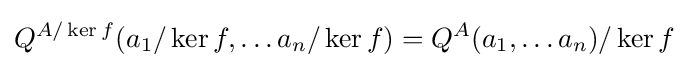
Q^{A/\ker {f}}(a_{1}/\ker {f},\ldots a_{n}/\ker {f})=Q^{A}(a_{1},\ldots a_{n})/\ker {f}